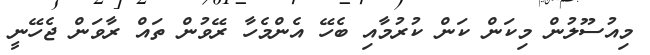
މިއުސޫލުން މިކަން ކަން ކުރުމާއި ބެހޭ އެންމެހާ ރޭވުން ތައް ރާވަން ޖެހޭނީ